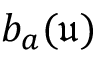
b _ { a } ( \mathfrak { u } )